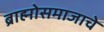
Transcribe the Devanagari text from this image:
ब्राह्मोसमाजाचे